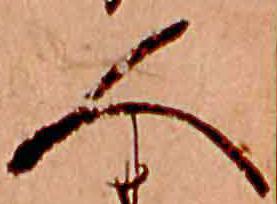
人